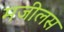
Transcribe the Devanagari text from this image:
मजीलस